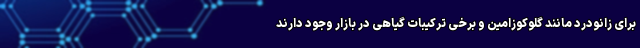
برای زانودرد مانند گلوکوزامین و برخی ترکیبات گیاهی در بازار وجود دارند